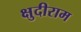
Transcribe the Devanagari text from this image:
क्षुदीराम